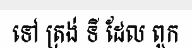
ទៅ ត្រង់ ទី ដែល ពួក